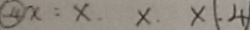
\textcircled { 4 } x : x . x . x ( . 4 )